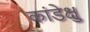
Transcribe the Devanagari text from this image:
कांडेक्षु